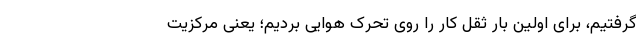
گرفتیم، برای اوّلین بار ثقل کار را روی تحرک هوایی بردیم؛ یعنی مرکزیت